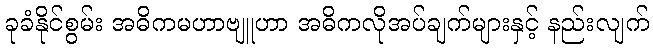
ခုခံနိုင်စွမ်း အဓိကမဟာဗျူဟာ အဓိကလိုအပ်ချက်များနှင့် နည်းလျက်